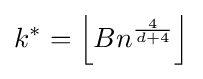
k^{*}=\left\lfloor Bn^{\frac {4}{d+4}}\right\rfloor